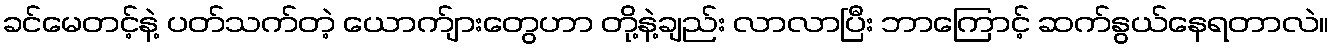
ခင်မေတင့်နဲ့ ပတ်သက်တဲ့ ယောက်ျားတွေဟာ တို့နဲ့ချည်း လာလာပြီး ဘာကြောင့် ဆက်နွယ်နေရတာလဲ။